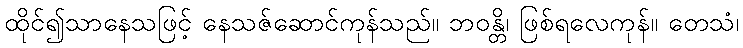
ထိုင်၍သာနေသဖြင့် နေသဇ်ဆောင်ကုန်သည်။ ဘဝန္တိ၊ ဖြစ်ရလေကုန်။ တေသံ၊